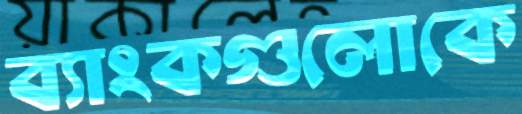
ব্যাংকগুলোকে